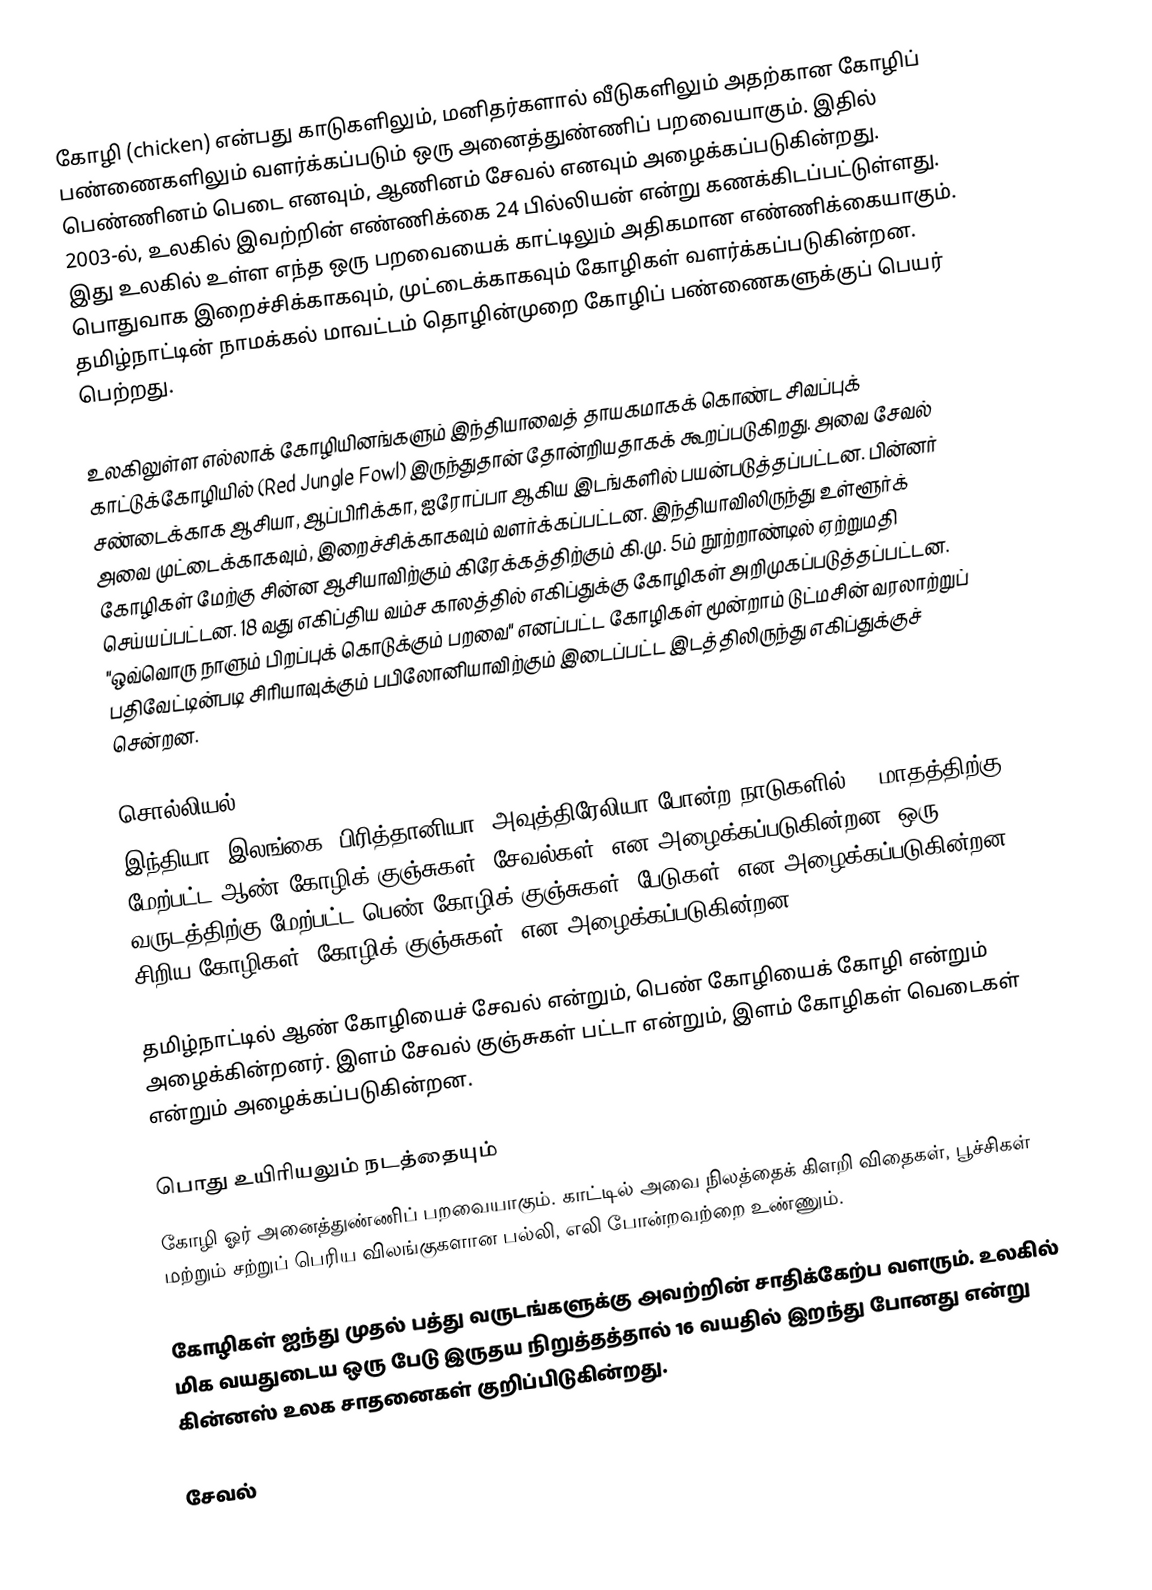
கோழி (chicken) என்பது காடுகளிலும், மனிதர்களால் வீடுகளிலும் அதற்கான கோழிப் பண்ணைகளிலும் வளர்க்கப்படும் ஒரு அனைத்துண்ணிப் பறவையாகும். இதில் பெண்ணினம் பெடை எனவும், ஆணினம் சேவல் எனவும் அழைக்கப்படுகின்றது. 2003-ல், உலகில் இவற்றின் எண்ணிக்கை 24 பில்லியன் என்று கணக்கிடப்பட்டுள்ளது. இது உலகில் உள்ள எந்த ஒரு பறவையைக் காட்டிலும் அதிகமான எண்ணிக்கையாகும். பொதுவாக இறைச்சிக்காகவும், முட்டைக்காகவும் கோழிகள் வளர்க்கப்படுகின்றன. தமிழ்நாட்டின் நாமக்கல் மாவட்டம் தொழின்முறை கோழிப் பண்ணைகளுக்குப் பெயர் பெற்றது.

உலகிலுள்ள எல்லாக் கோழியினங்களும் இந்தியாவைத் தாயகமாகக் கொண்ட சிவப்புக் காட்டுக்கோழியில் (Red Jungle Fowl) இருந்துதான் தோன்றியதாகக் கூறப்படுகிறது. அவை சேவல் சண்டைக்காக ஆசியா, ஆப்பிரிக்கா, ஐரோப்பா ஆகிய இடங்களில் பயன்படுத்தப்பட்டன. பின்னர் அவை முட்டைக்காகவும், இறைச்சிக்காகவும் வளர்க்கப்பட்டன. இந்தியாவிலிருந்து உள்ளூர்க் கோழிகள் மேற்கு சின்ன ஆசியாவிற்கும் கிரேக்கத்திற்கும் கி.மு. 5ம் நூற்றாண்டில் ஏற்றுமதி செய்யப்பட்டன. 18 வது எகிப்திய வம்ச காலத்தில் எகிப்துக்கு கோழிகள் அறிமுகப்படுத்தப்பட்டன. "ஒவ்வொரு நாளும் பிறப்புக் கொடுக்கும் பறவை" எனப்பட்ட கோழிகள் மூன்றாம் டுட்மசின் வரலாற்றுப் பதிவேட்டின்படி சிரியாவுக்கும் பபிலோனியாவிற்கும் இடைப்பட்ட இடத்திலிருந்து எகிப்துக்குச் சென்றன.

சொல்லியல்
இந்தியா, இலங்கை, பிரித்தானியா, அவுத்திரேலியா போன்ற நாடுகளில் 12 மாதத்திற்கு மேற்பட்ட ஆண் கோழிக் குஞ்சுகள் "சேவல்கள்" என அழைக்கப்படுகின்றன. ஒரு வருடத்திற்கு மேற்பட்ட பெண் கோழிக் குஞ்சுகள் "பேடுகள்" என அழைக்கப்படுகின்றன.  சிறிய கோழிகள் "கோழிக் குஞ்சுகள்" என அழைக்கப்படுகின்றன.

தமிழ்நாட்டில் ஆண் கோழியைச் சேவல் என்றும், பெண் கோழியைக் கோழி என்றும் அழைக்கின்றனர். இளம் சேவல் குஞ்சுகள் பட்டா என்றும், இளம் கோழிகள் வெடைகள் என்றும் அழைக்கப்படுகின்றன.

பொது உயிரியலும் நடத்தையும்
கோழி ஓர் அனைத்துண்ணிப் பறவையாகும். காட்டில் அவை நிலத்தைக் கிளறி விதைகள், பூச்சிகள் மற்றும் சற்றுப் பெரிய விலங்குகளான பல்லி, எலி போன்றவற்றை உண்ணும்.

கோழிகள் ஐந்து முதல் பத்து வருடங்களுக்கு அவற்றின் சாதிக்கேற்ப வளரும். உலகில் மிக வயதுடைய ஒரு பேடு இருதய நிறுத்தத்தால் 16 வயதில் இறந்து போனது என்று கின்னஸ் உலக சாதனைகள் குறிப்பிடுகின்றது.

சேவல்